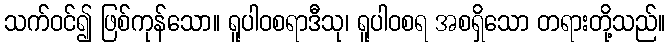
သက်ဝင်၍ ဖြစ်ကုန်သော။ ရူပါဝစရာဒီသု၊ ရူပါဝစရ အစရှိသော တရားတို့သည်။